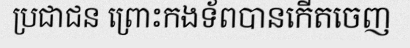
ប្រជាជន ព្រោះកងទ័ពបានកើតចេញ